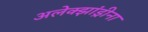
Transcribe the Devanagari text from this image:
अलेक्झांड्रीना